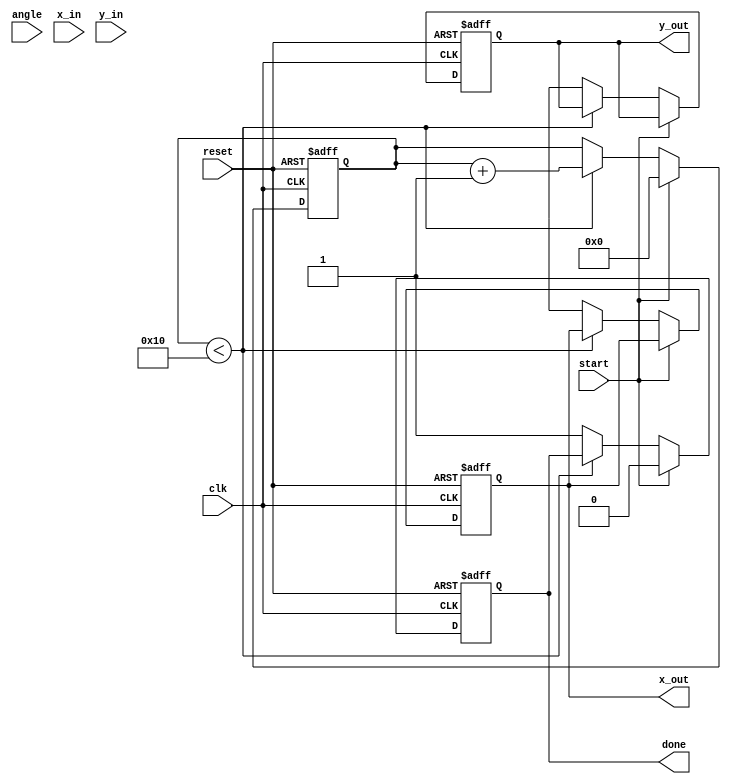
module cordic (
    input wire clk,
    input wire reset,
    input wire start,
    input wire [15:0] angle, // Input angle in fixed-point representation
    input wire [15:0] x_in,   // Input X vector
    input wire [15:0] y_in,   // Input Y vector
    output reg [15:0] x_out,   // Output X vector (cos())
    output reg [15:0] y_out,   // Output Y vector (sin())
    output reg done           // Done signal
);

    parameter N = 16; // Number of iterations
    reg [15:0] x [0:N-1]; // X values for each iteration
    reg [15:0] y [0:N-1]; // Y values for each iteration
    reg [15:0] angle_table [0:N-1]; // Angle lookup table
    reg [3:0] iteration; // Current iteration count
    reg [15:0] K; // Scaling factor

    // Initialize angle lookup table (atan(2^-i) values)
    initial begin
        angle_table[0] = 16'h26DD; // atan(1) in fixed-point
        angle_table[1] = 16'h1C71; // atan(0.5)
        angle_table[2] = 16'h14AE; // atan(0.25)
        angle_table[3] = 16'h0E38; // atan(0.125)
        // Continue filling the table for N iterations...
    end

    // Initialize scaling factor K
    initial begin
        K = 16'hB505; // Approximate value of K for N iterations
    end

    // Control logic
    always @(posedge clk or posedge reset) begin
        if (reset) begin
            iteration <= 0;
            done <= 0;
            x_out <= 0;
            y_out <= 0;
        end else if (start) begin
            // Initialize input values
            x[0] <= x_in;
            y[0] <= y_in;
            iteration <= 0;
            done <= 0;
        end else if (iteration < N) begin
            // Perform CORDIC rotation
            if (angle[15] == 1'b0) begin // Positive angle
                x[iteration + 1] <= x[iteration] - (y[iteration] >> iteration);
                y[iteration + 1] <= y[iteration] + (x[iteration] >> iteration);
            end else begin // Negative angle
                x[iteration + 1] <= x[iteration] + (y[iteration] >> iteration);
                y[iteration + 1] <= y[iteration] - (x[iteration] >> iteration);
            end
            iteration <= iteration + 1;
        end else begin
            // Final output after all iterations
            x_out <= x[N];
            y_out <= y[N];
            done <= 1;
        end
    end

endmodule